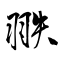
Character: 翐